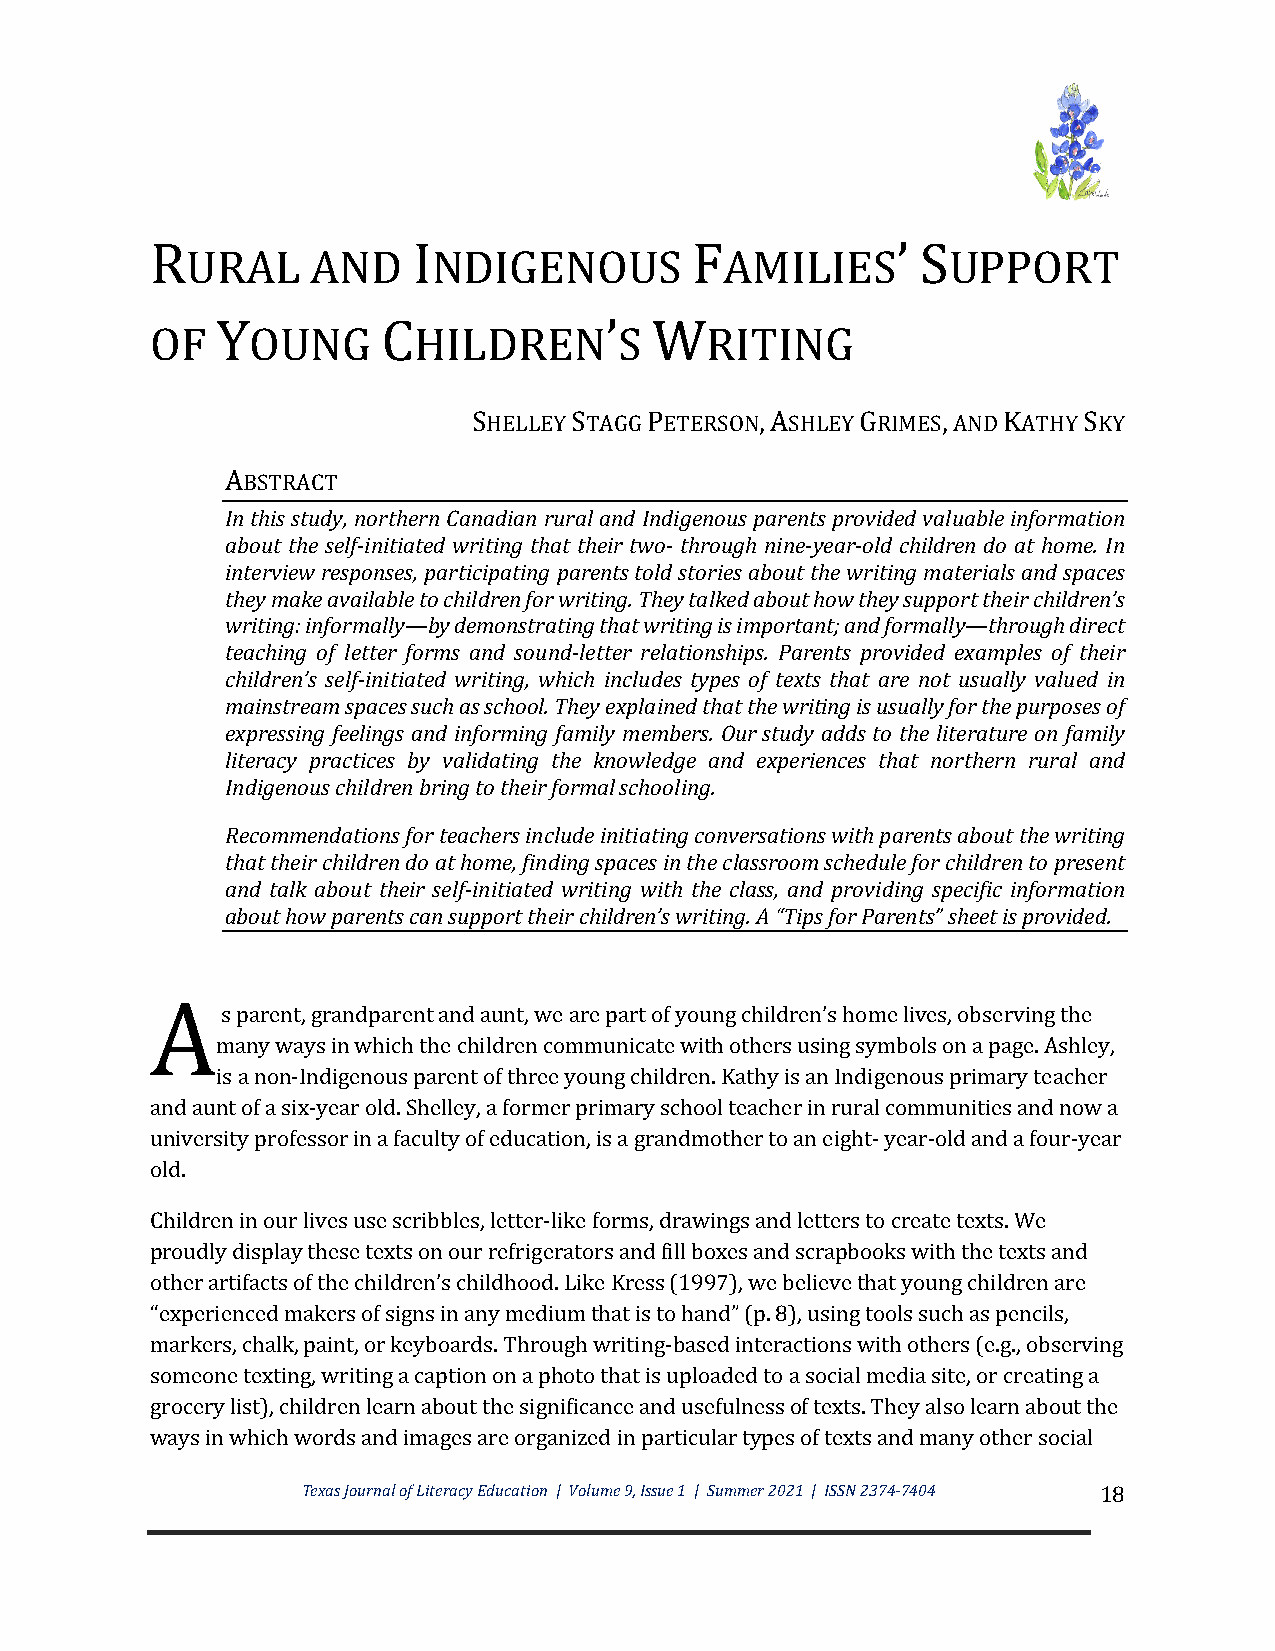
R                I                  F            ’ S
 URAL     AND     NDIGENOUS          AMILIES        UPPORT
 Y          C              ’  W
 OF     OUNG      HILDREN       S     RITING
 SHELLEY STAGG PETERSON, ASHLEY GRIMES, AND KATHY SKY
 ABSTRACT
 In this study, northern Canadian rural and Indigenous parents provided valuable information
 about the self-initiated writing that their two- through nine-year-old children do at home. In
 interview responses, participating parents told stories about the writing materials and spaces
 they make available to children for writing. They talked about how they support their children’s
 writing: informally—by demonstrating that writing is important; and formally—through direct
 teaching of letter forms and sound-letter relationships. Parents provided examples of their
 children’s self-initiated writing, which includes types of texts that are not usually valued in
 mainstream spaces such as school. They explained that the writing is usually for the purposes of
 expressing feelings and informing family members. Our study adds to the literature on family
 literacy practices by validating the knowledge and experiences that northern rural and
 Indigenous children bring to their formal schooling.
 Recommendations for teachers include initiating conversations with parents about the writing
 that their children do at home, finding spaces in the classroom schedule for children to present
 and talk about their self-initiated writing with the class, and providing specific information
 about how parents can support their children’s writing. A “Tips for Parents” sheet is provided.
 A
 s parent, grandparent and aunt, we are part of young children’s home lives, observing the
 many ways in which the children communicate with others using symbols on a page. Ashley,
 is a non-Indigenous parent of three young children. Kathy is an Indigenous primary teacher
 and aunt of a six-year old. Shelley, a former primary school teacher in rural communities and now a
 university professor in a faculty of education, is a grandmother to an eight- year-old and a four-year
 old.
 Children in our lives use scribbles, letter-like forms, drawings and letters to create texts. We
 proudly display these texts on our refrigerators and fill boxes and scrapbooks with the texts and
 other artifacts of the children’s childhood. Like Kress (1997), we believe that young children are
 “experienced makers of signs in any medium that is to hand” (p. 8), using tools such as pencils,
 markers, chalk, paint, or keyboards. Through writing-based interactions with others (e.g., observing
 someone texting, writing a caption on a photo that is uploaded to a social media site, or creating a
 grocery list), children learn about the significance and usefulness of texts. They also learn about the
 ways in which words and images are organized in particular types of texts and many other social
 Texas Journal of Literacy Education | Volume 9, Issue 1 | Summer 2021 | ISSN 2374-7404 18